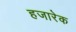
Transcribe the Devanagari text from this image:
हजारेक